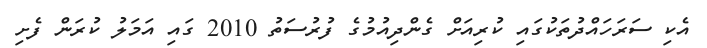
އެކި ސަރަހައްދުތަކުގައި ކުރިއަށް ގެންދިއުމުގެ ފުރުސަތު 2010 ގައި އަމަލު ކުރަން ފެށި